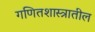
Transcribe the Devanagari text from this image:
गणितशास्त्रातील